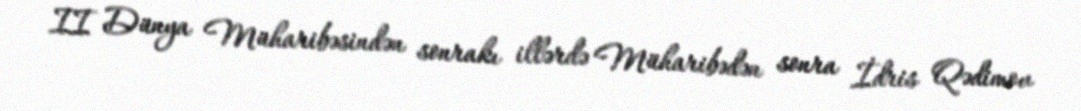
II Dünya Müharibəsindən sonrakı illərdə Müharibədən sonra İdris Qədimov